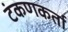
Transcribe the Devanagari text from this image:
टंकणकर्ता